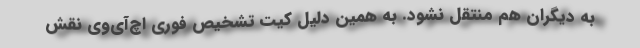
به دیگران هم منتقل نشود. به همین دلیل کیت تشخیص فوری اچ‌آی‌وی نقش